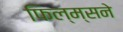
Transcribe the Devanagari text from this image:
फिल्म्सने